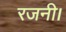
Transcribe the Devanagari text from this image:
रजनी।